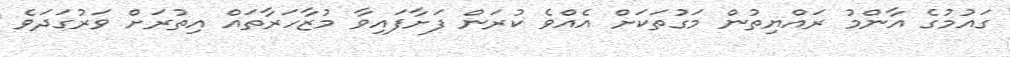
ގައުމުގެ އާންމު ރައްޔިތުން މަގުތަކަށް އެއްވެ ކުރަން ފަށާފައިވާ މުޒާހަރާތައް އިތުރަށް ވަރުގަދަވެ